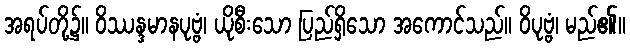
အရပ်တို့၌။ ဝိဿန္ဒမာနပုဗ္ဗံ၊ ယိုစီးသော ပြည်ရှိသော အကောင်သည်။ ဝိပုဗ္ဗံ၊ မည်၏။